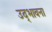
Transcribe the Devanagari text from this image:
उद्‌भावना